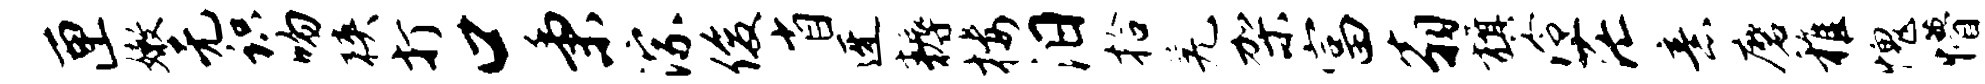
匣嫩无识吻狭打口秉淙俊省迓耨楼汨拾羌架富翁旗泠茫意磨稚愧懵